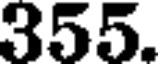
355.